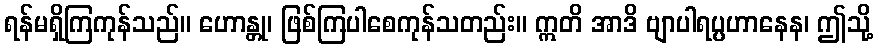
ရန်မရှိကြကုန်သည်။ ဟောန္တု၊ ဖြစ်ကြပါစေကုန်သတည်း။ ဣတိ အာဒိ ဗျာပါရပ္ပဟာနေန၊ ဤသို့